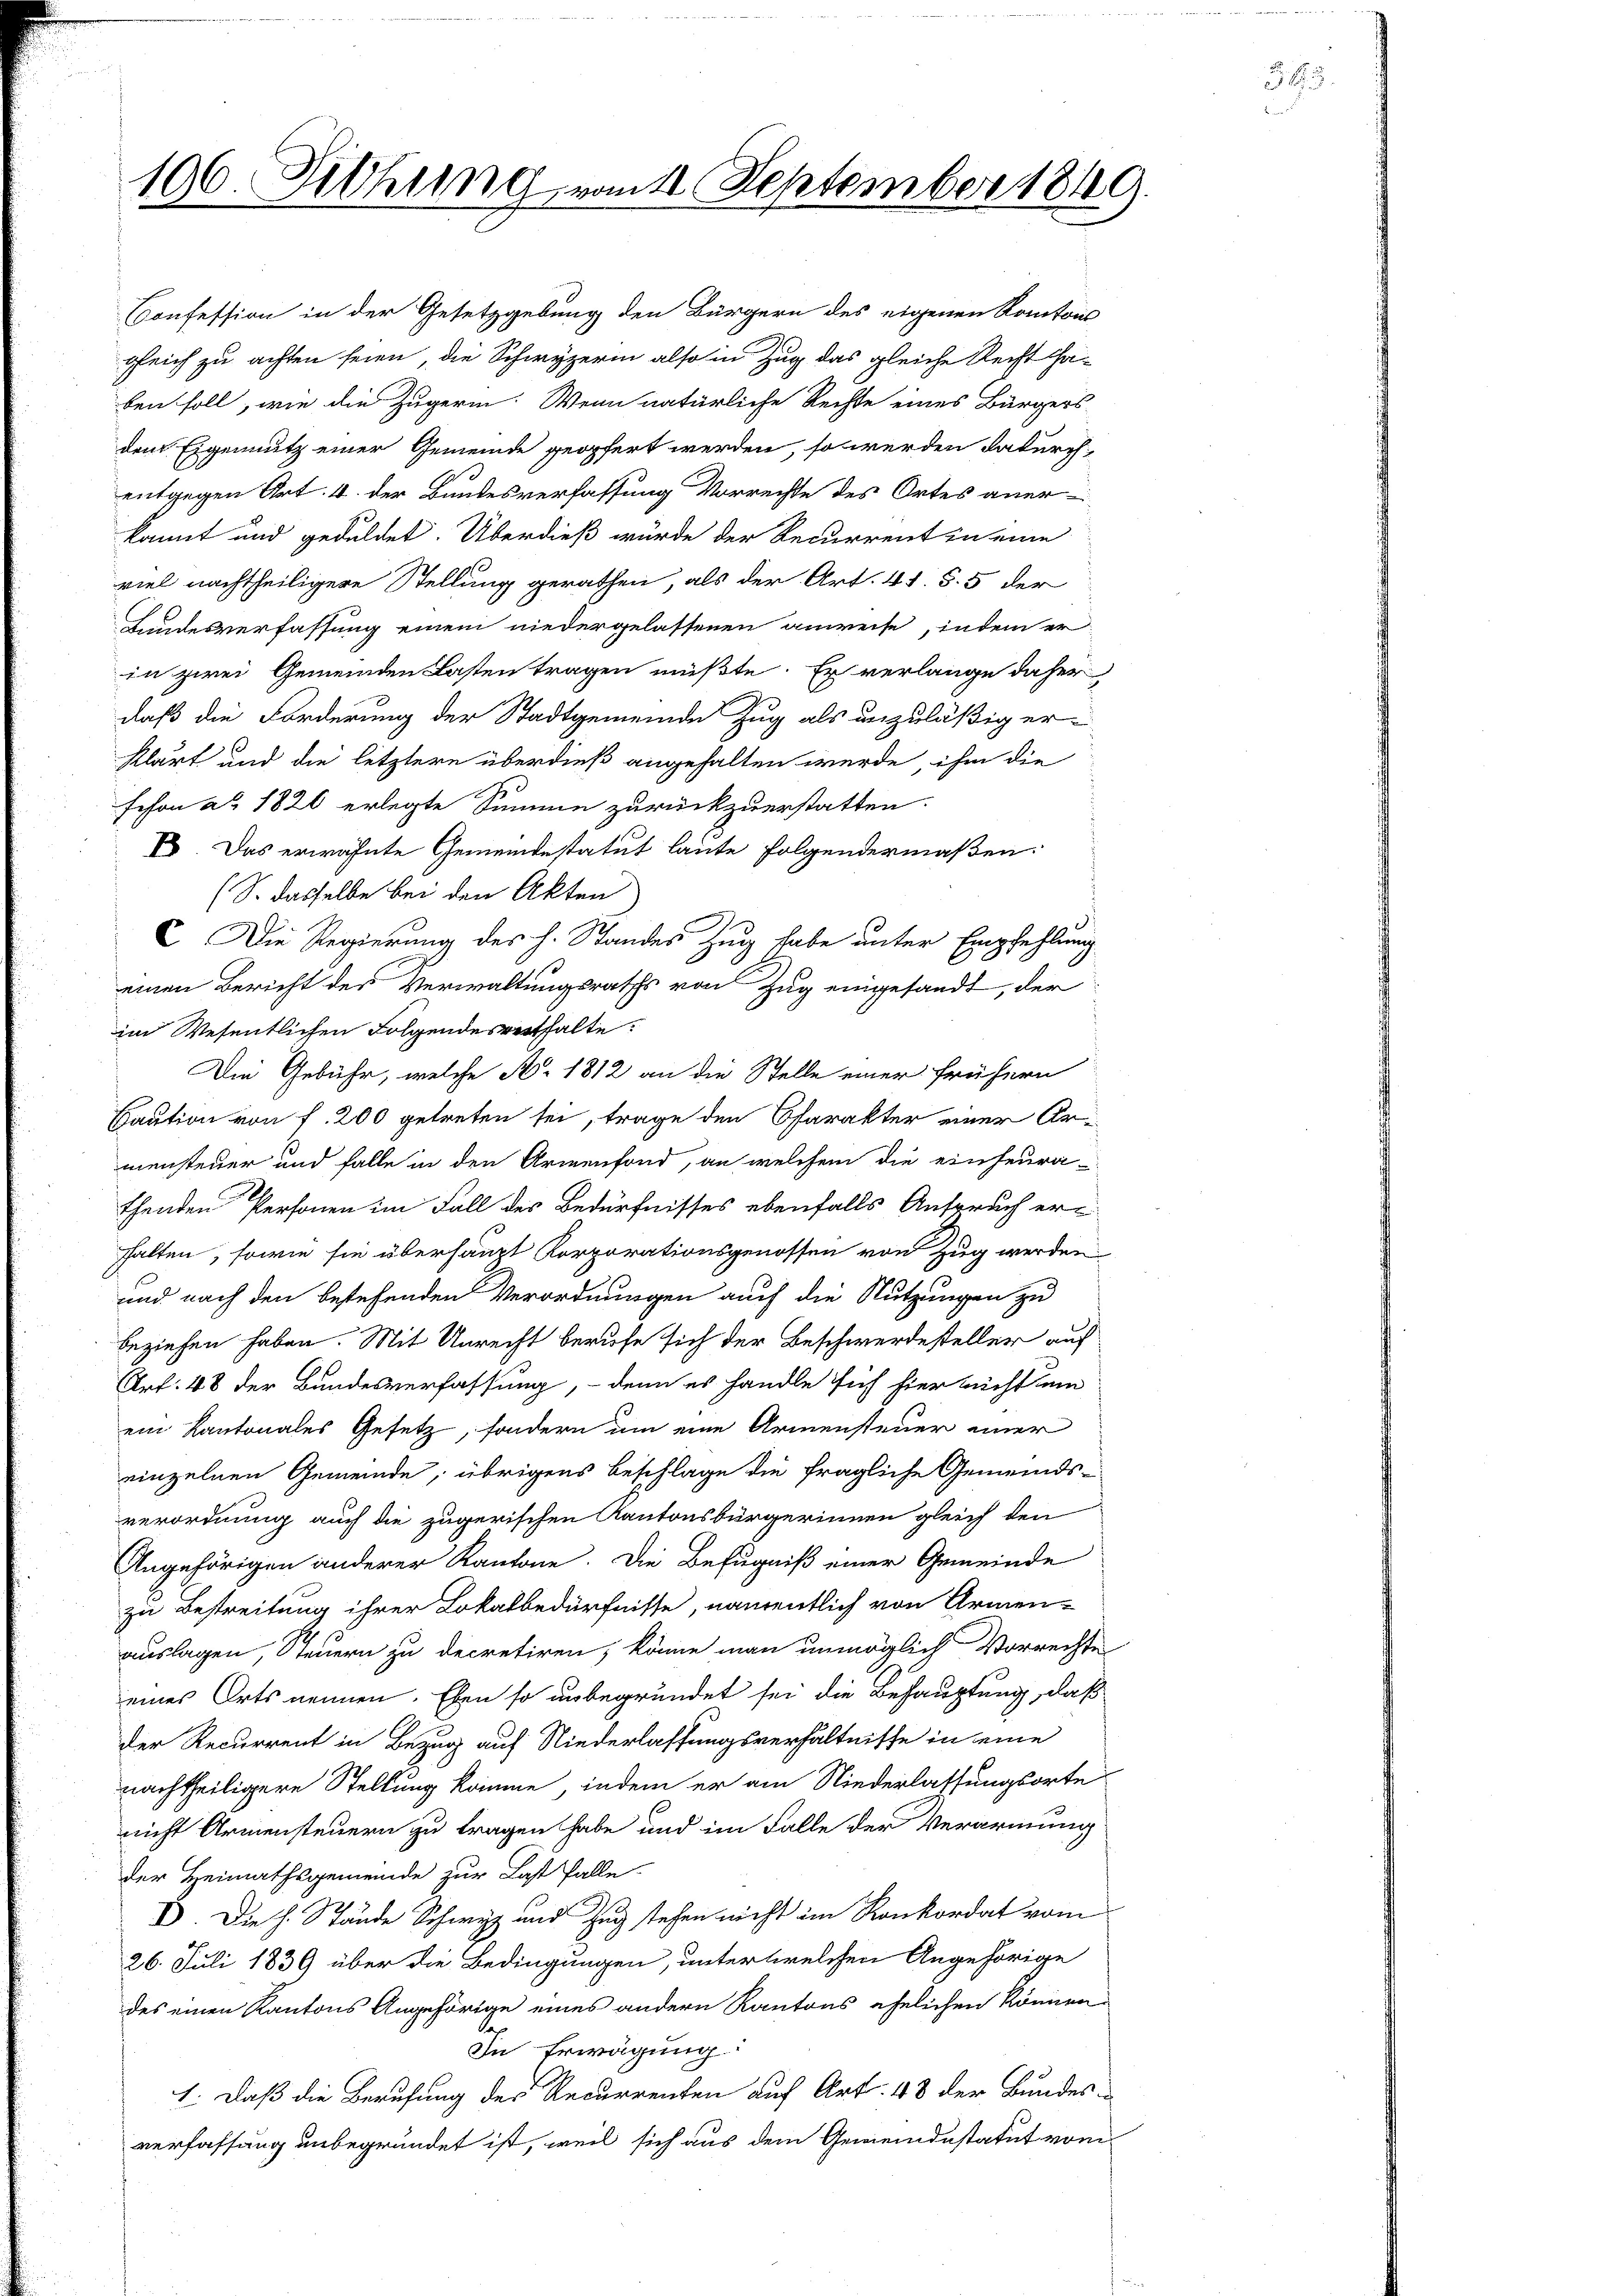
196. Fiehring vom 11. September 1849.

Confession in der Gesetzgebung den Bürgern des eigenen Kantons
gleich zu achten seien, die Schwyzerin also in Zug das gleiche Recht Cha-
ben soll, wie die Zugerin. Wenn natürliche Rechte eines Bürgers
dem Eigennutz einer Gemeinde geopfert werden, so werden dadurchentgegen Art. 4. der Bundesverfassung Vorrechte des Ortes anerkannt und geduldet. Überdieß würde der Recurrent in eine
viel nachtheiligere Stellung gerathen, als der Art. 41. S. 5 der
Bundesverfassung einem niedergelassenen anweise, indem er
in zwei Gemeinden Lasten tragen müßte. Er verlange daher
daß die Forderung der Stadtgemeinde Zug als unzuläßig er-
klärt und die letztere überdieß angehalten werde, ihm die
schon a° 1820 erlegte Summe zurückzuerstatten.
E. Das erwähnte Gemeindestatut laute folgendermaßen:
(S. dasselbe bei den Akten
C. Die Regierung des h. Standes Zug habe unter Empfehlung
einen Bericht des Verwaltungsraths von Zug eingesandt, der
im Wesentlichen Folgendesrethalte
Die Gebühr, welche No 1812 an die Stelle einer frühern
Caution von f. 200 getreten sei, trage den Charakter einer Armensteuer und falle in den Armenfond, an welchem die einheura-
thenden Personen im Fall der Bedürfnisses ebenfalls Anspruch erhalten, sowie sie überhaupt Korporationsgenossen von Zug werden
und nach den bestehenden Verordnungen auch die Nutzungen zu
beziehen haben. Mit Unrecht berufe sich der Beschwerdesteller auf
Art. 48 der Bundesverfassung, - denn es handle sich hier nicht ein
ein Kantonales Gesetz, sondern um eine Armensteuer einer
einzelnen Gemeinde; übrigens Beschlage die fragliche Gemeinds-
verordnung auch die zugerischen Kantonsbürgerinnen gleich den
Angehörigen anderer Kantone. Die Befugniß einer Gemeinde
zu Bestreitung ihrer Lokalbedürfnisse, nämentlich von Armen-
auslagen, Steuern zu decretiren, könne man unmöglich Vorrechte
eines Orts nennen. Eben so unbegründet sei die Behauptung, daß
der Recurrent in Bezug auf Niederlassungsverhältnisse in eine
nachtheiligere Stellung komme, indem er am Niederlassungsorte
nicht Armensteuern zu tragen habe und im Falle der Verarmung
der Heimathsgemeinde zur Last falle
E. Die h. Stände Schwyz und Zug stehen nicht im Konkordat vom
26. Juli 1839 über die Bedingungen, unter welchen Angehörige
des einen Kantons Angehörige eines andern Kantons ehelichen können
In Erwägung:
1. daß die Berufung des Recurrenten auf Art. 48 der Bundes-
verfassung unbegründet ist, weil sich aus dem Gemeindestatut vom

365